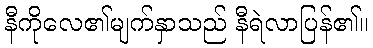
နီကိုလေ၏မျက်နှာသည် နီရဲလာပြန်၏။